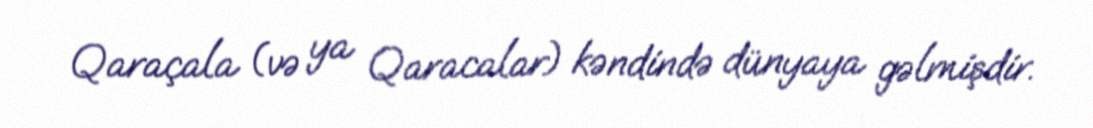
Qaraçala (və ya Qaracalar) kəndində dünyaya gəlmişdir.